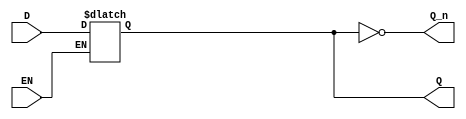
module Gated_D_Latch (
    input wire D,      // Data input
    input wire EN,     // Enable signal
    output reg Q,      // Outputs Q
    output wire Q_n    // Outputs Q (complement of Q)
);

// Assign the complement of Q to Q_n
assign Q_n = ~Q;

// Always block for the Gated D Latch
always @(*) begin
    if (EN) begin
        Q = D; // If EN is high, Q follows D
    end
    // If EN is low, Q retains its previous value
end

endmodule